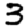
Digit: 3